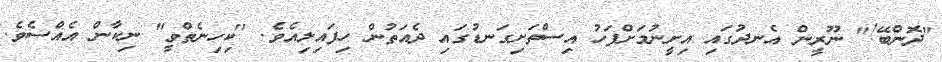
"ދޮންބޭ!" ނޫރީން އެނދުގައި އިށީނުމަށްފަހު އިސްތަށިގަނޑުގައި ދެއަތުން ހިފައިލިއެވެ. "ކިހިނެތްވީ" ނިކާން އެއްސެވެ.